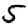
Digit: 5